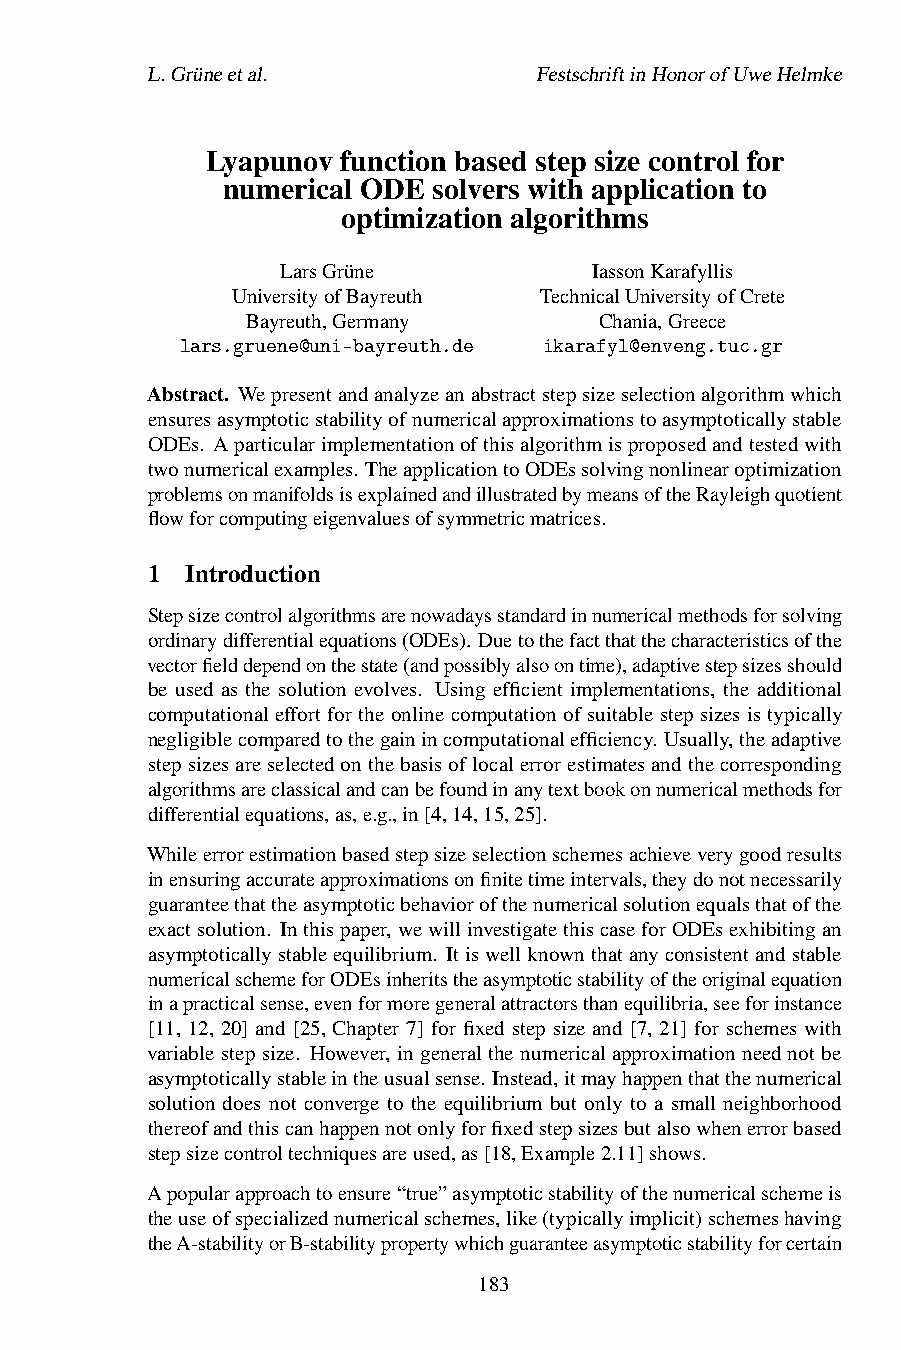
L.Grüneetal.              FestschriftinHonorofUweHelmke
 Lyapunov function based step size control for
 numerical ODE solvers with application to
 optimization algorithms
 LarsGrüne           IassonKarafyllis
 UniversityofBayreuth TechnicalUniversityofCrete
 Bayreuth,Germany        Chania,Greece
 lars.gruene@uni-bayreuth.de ikarafyl@enveng.tuc.gr
 Abstract. Wepresentandanalyzeanabstractstepsizeselectionalgorithmwhich
 ensuresasymptoticstabilityofnumericalapproximationstoasymptoticallystable
 ODEs. Aparticularimplementationofthisalgorithmisproposedandtestedwith
 twonumericalexamples. TheapplicationtoODEssolvingnonlinearoptimization
 problemsonmanifoldsisexplainedandillustratedbymeansoftheRayleighquotient
 flowforcomputingeigenvaluesofsymmetricmatrices.
 1 Introduction
 Stepsizecontrolalgorithmsarenowadaysstandardinnumericalmethodsforsolving
 ordinarydifferentialequations(ODEs). Duetothefactthatthecharacteristicsofthe
 vectorfielddependonthestate(andpossiblyalsoontime),adaptivestepsizesshould
 be used as the solution evolves. Using efficient implementations, the additional
 computational effort for the online computation of suitable step sizes is typically
 negligiblecomparedtothegainincomputationalefficiency. Usually,theadaptive
 stepsizesareselectedonthebasisoflocalerrorestimatesandthecorresponding
 algorithmsareclassicalandcanbefoundinanytextbookonnumericalmethodsfor
 differentialequations,as,e.g.,in[4,14,15,25].
 Whileerrorestimationbasedstepsizeselectionschemesachieveverygoodresults
 inensuringaccurateapproximationsonfinitetimeintervals,theydonotnecessarily
 guaranteethattheasymptoticbehaviorofthenumericalsolutionequalsthatofthe
 exactsolution. Inthispaper,wewillinvestigatethiscaseforODEsexhibitingan
 asymptoticallystableequilibrium. Itiswellknownthatanyconsistentandstable
 numericalschemeforODEsinheritstheasymptoticstabilityoftheoriginalequation
 inapracticalsense,evenformoregeneralattractorsthanequilibria,seeforinstance
 [11, 12, 20] and [25, Chapter 7] for fixed step size and [7, 21] for schemes with
 variable step size. However, in general the numerical approximation need not be
 asymptoticallystableintheusualsense. Instead,itmayhappenthatthenumerical
 solution does not converge to the equilibrium but only to a small neighborhood
 thereofandthiscanhappennotonlyforfixedstepsizesbutalsowhenerrorbased
 stepsizecontroltechniquesareused,as[18,Example2.11]shows.
 Apopularapproachtoensure“true”asymptoticstabilityofthenumericalschemeis
 theuseofspecializednumericalschemes,like(typicallyimplicit)schemeshaving
 theA-stabilityorB-stabilitypropertywhichguaranteeasymptoticstabilityforcertain
 183